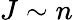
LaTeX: J\sim n